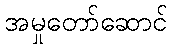
အမှုတော်ဆောင်